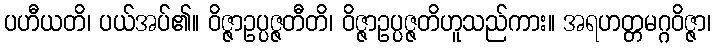
ပဟီယတိ၊ ပယ်အပ်၏။ ဝိဇ္ဇာဥပ္ပဇ္ဇတီတိ၊ ဝိဇ္ဇာဥပ္ပဇ္ဇတိဟူသည်ကား။ အရဟတ္တမဂ္ဂဝိဇ္ဇာ၊